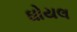
ઘોયલ